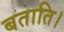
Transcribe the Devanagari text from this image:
बताति।